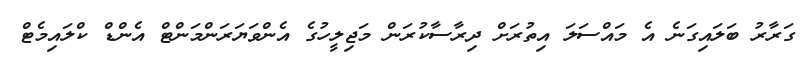
ގަރާރު ބަލައިގަނެ އެ މައްސަލަ އިތުރަށް ދިރާސާކުރަން މަޖިލީހުގެ އެންވަޔަރަންމަންޓް އެންޑް ކްލައިމެޓް